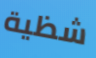
شظية